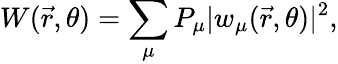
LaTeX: W(\vec{r},\theta)=\sum_{\mu}P_{\mu}|w_{\mu}(\vec{r},\theta)|^{2},